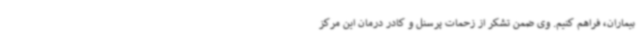
بیماران، فراهم کنیم. وی ضمن تشکر از زحمات پرسنل و کادر درمان این مرکز